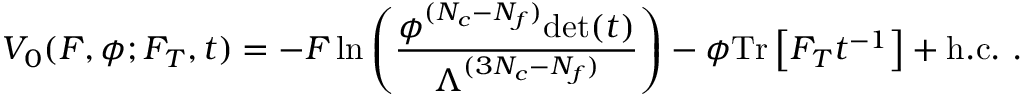
V _ { 0 } ( F , \phi ; F _ { T } , t ) = - F \, \mathrm { l n } \left( \frac { \phi ^ { ( N _ { c } - N _ { f } ) } \mathrm { d e t } ( t ) } { \Lambda ^ { ( 3 N _ { c } - N _ { f } ) } } \right) - \phi \mathrm { T r } \left[ F _ { T } t ^ { - 1 } \right] + \mathrm { h . c . } \ .